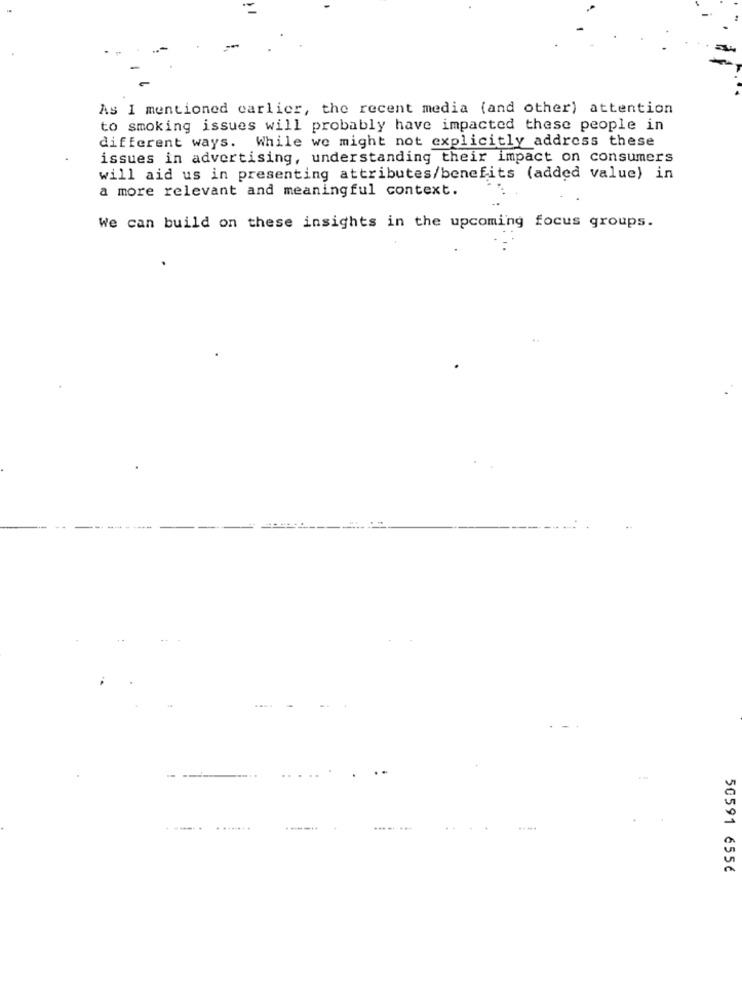
As I mentioned earlier, the recent media (and other) attention
to smoking issues will probably have impacted these people in
different ways. While we might not explicitly address these
issues in advertising, understanding their impact on consumers
will aid us in presenting attributes/benefits (added value) in
a more relevant and meaningful context.
We can build on these insights in the upcoming focus groups.
...
----
50591 655€